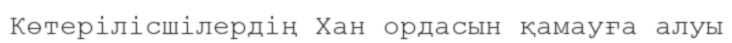
Көтерілісшілердің Хан ордасын қамауға алуы